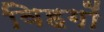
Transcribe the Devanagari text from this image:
विहगों